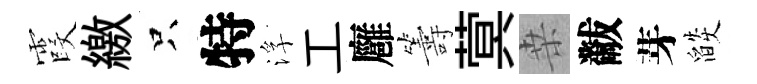
霞繳只特浮工廱籌蓂桒黻芽燄